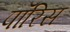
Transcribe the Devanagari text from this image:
पॉरिस